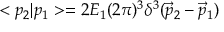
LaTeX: < p _ { 2 } | p _ { 1 } > = 2 E _ { 1 } ( 2 \pi ) ^ { 3 } \delta ^ { 3 } ( \vec { p } _ { 2 } - \vec { p } _ { 1 } )